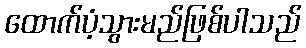
ထောက်ပံ့သွားမည်ဖြစ်ပါသည်